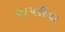
ચાપરીયા